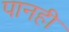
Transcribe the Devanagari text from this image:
पानही